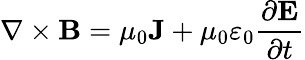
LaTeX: \nabla\times\mathbf{B}=\mu_{0}\mathbf{J}+\mu_{0}\varepsilon_{0}{\frac{\partial\mathbf{E}}{\partial t}}